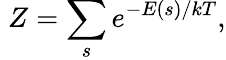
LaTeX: \; Z=\sum_{s}e^{-E(s)/kT},